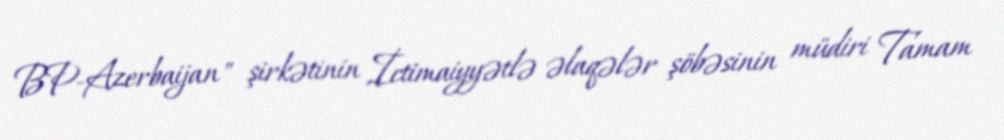
BP-Azerbaijan" şirkətinin İctimaiyyətlə əlaqələr şöbəsinin müdiri Tamam